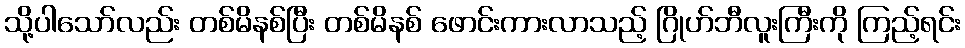
သို့ပါသော်လည်း တစ်မိနစ်ပြီး တစ်မိနစ် ဖောင်းကားလာသည့် ဂြိုဟ်ဘီလူးကြီးကို ကြည့်ရင်း